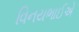
વિનયભાઈએ